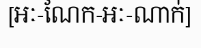
[អៈ-ណែក-អៈ-ណាក់]